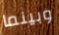
وبينما